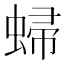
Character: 𧌈